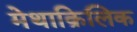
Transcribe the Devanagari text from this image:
मेथाक्रिलिक